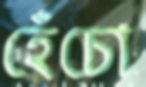
হেঁচো